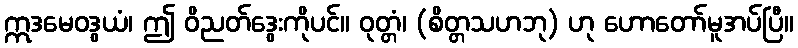
ဣဒမေဝဒွယံ၊ ဤ ဝိညတ်ဒွေးကိုပင်။ ဝုတ္တံ၊ (စိတ္တသဟဘု) ဟု ဟောတော်မူအပ်ပြီ။